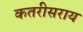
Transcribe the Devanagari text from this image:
कतरीसराय